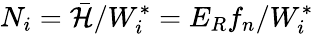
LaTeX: {N_{i}}={\mathcal{\bar{H}}}/{W_{i}^{*}}={E_{R}{f_{n}}}/{W_{i}^{*}}